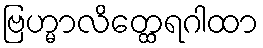
ဗြဟ္မာလိတ္ထေရဂါထာ